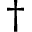
\dagger